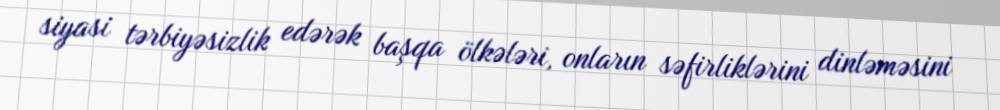
siyasi tərbiyəsizlik edərək başqa ölkələri, onların səfirliklərini dinləməsini